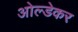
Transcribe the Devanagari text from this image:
ओल्डेकर